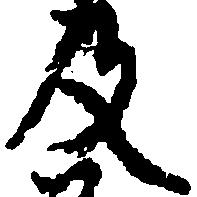
及